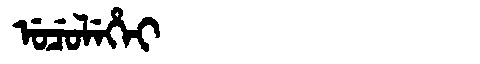
Manchu: ᡠᠴᡠᠯᡝᡥᡝᡳ
Romanization: UCULEHEI